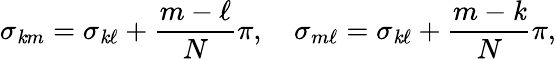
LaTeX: \sigma_{\mathit{k}m}=\sigma_{\mathit{k}\ell}+{\frac{{m-\ell}}{{N}}}\pi,\quad\sigma_{m\ell}=\sigma_{\mathit{k}\ell}+{\frac{{m-\mathit{k}}}{{N}}}\pi,